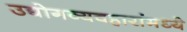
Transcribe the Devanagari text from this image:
उद्योगव्यवहारांमध्ये